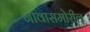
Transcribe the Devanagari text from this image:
नावासमोरील